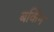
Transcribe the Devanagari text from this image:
बर्किन